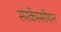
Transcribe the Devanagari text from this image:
सरकेस्सीयन